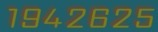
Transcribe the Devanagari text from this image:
१९४२६२५